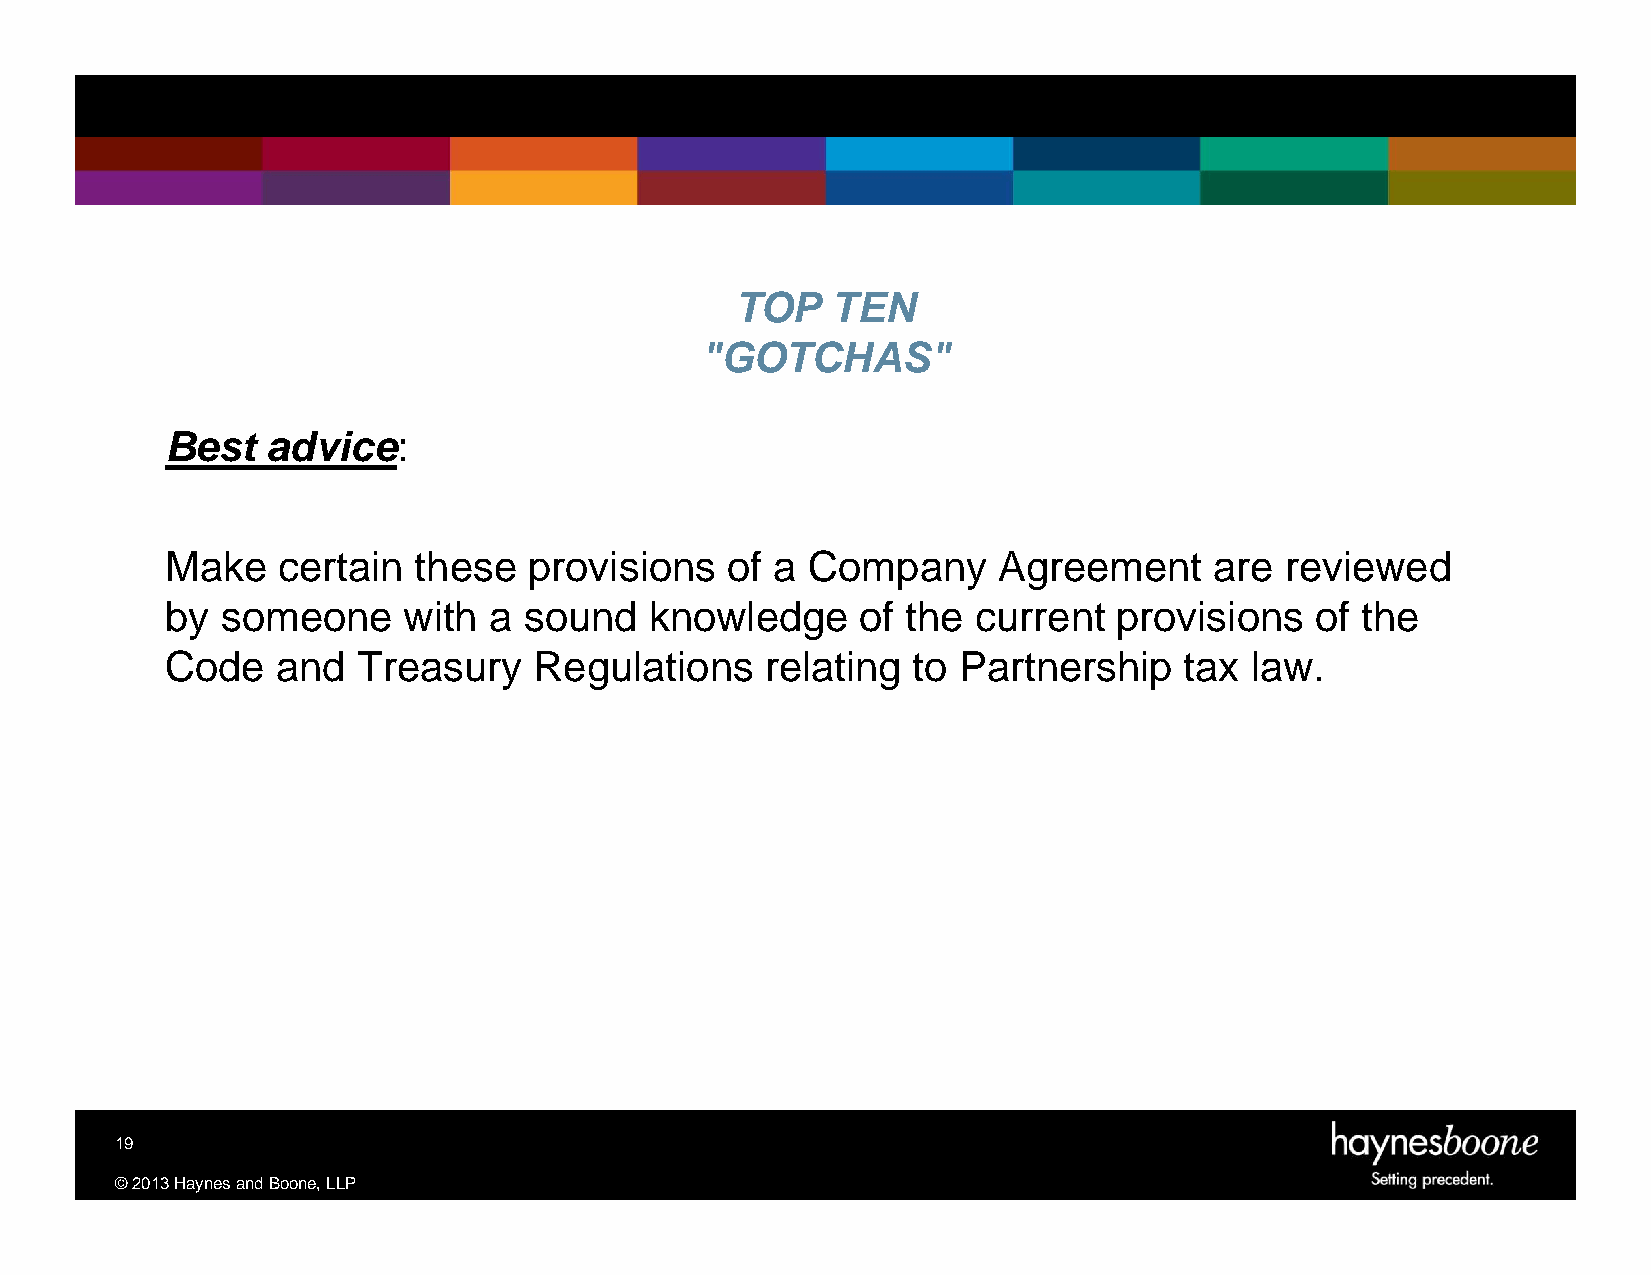
TOP   TEN
 "GOTCHAS"
 Best   advice:
 Make   certain  these   provisions   of a Company      Agreement     are  reviewed
 by  someone     with a  sound   knowledge     of the  current  provisions   of the
 Code   and   Treasury   Regulations     relating to Partnership    tax  law.
 19
 ©2013HaynesandBoone,LLP